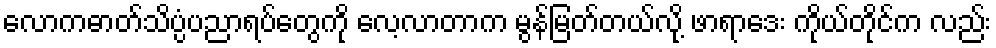
လောကဓာတ်သိပ္ပံပညာရပ်တွေကို လေ့လာတာက မွန်မြတ်တယ်လို့ ဖာရာဒေး ကိုယ်တိုင်က လည်း